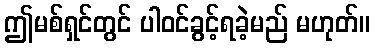
ဤမစ်ရှင်တွင် ပါဝင်ခွင့်ရခဲ့မည် မဟုတ်။